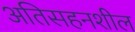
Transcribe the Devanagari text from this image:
अतिसहनशील